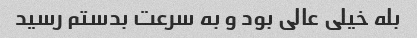
بله خیلی عالی بود و به سرعت بدستم رسید